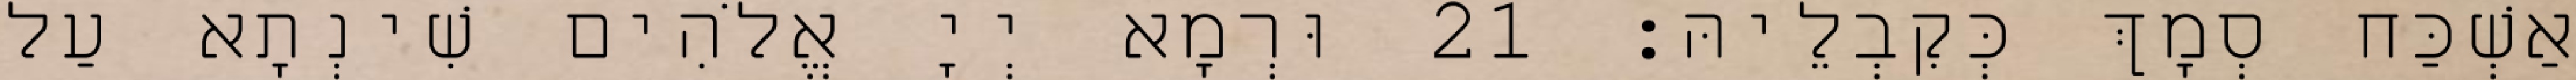
אַשְׁכַּח סְמָךְ כְּקִבְלֵיהּ׃ 21 וּרְמָא יְיָ אֱלֹהִים שִׁינְתָא עַל